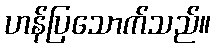
ဟန်ပြသောက်သည်။